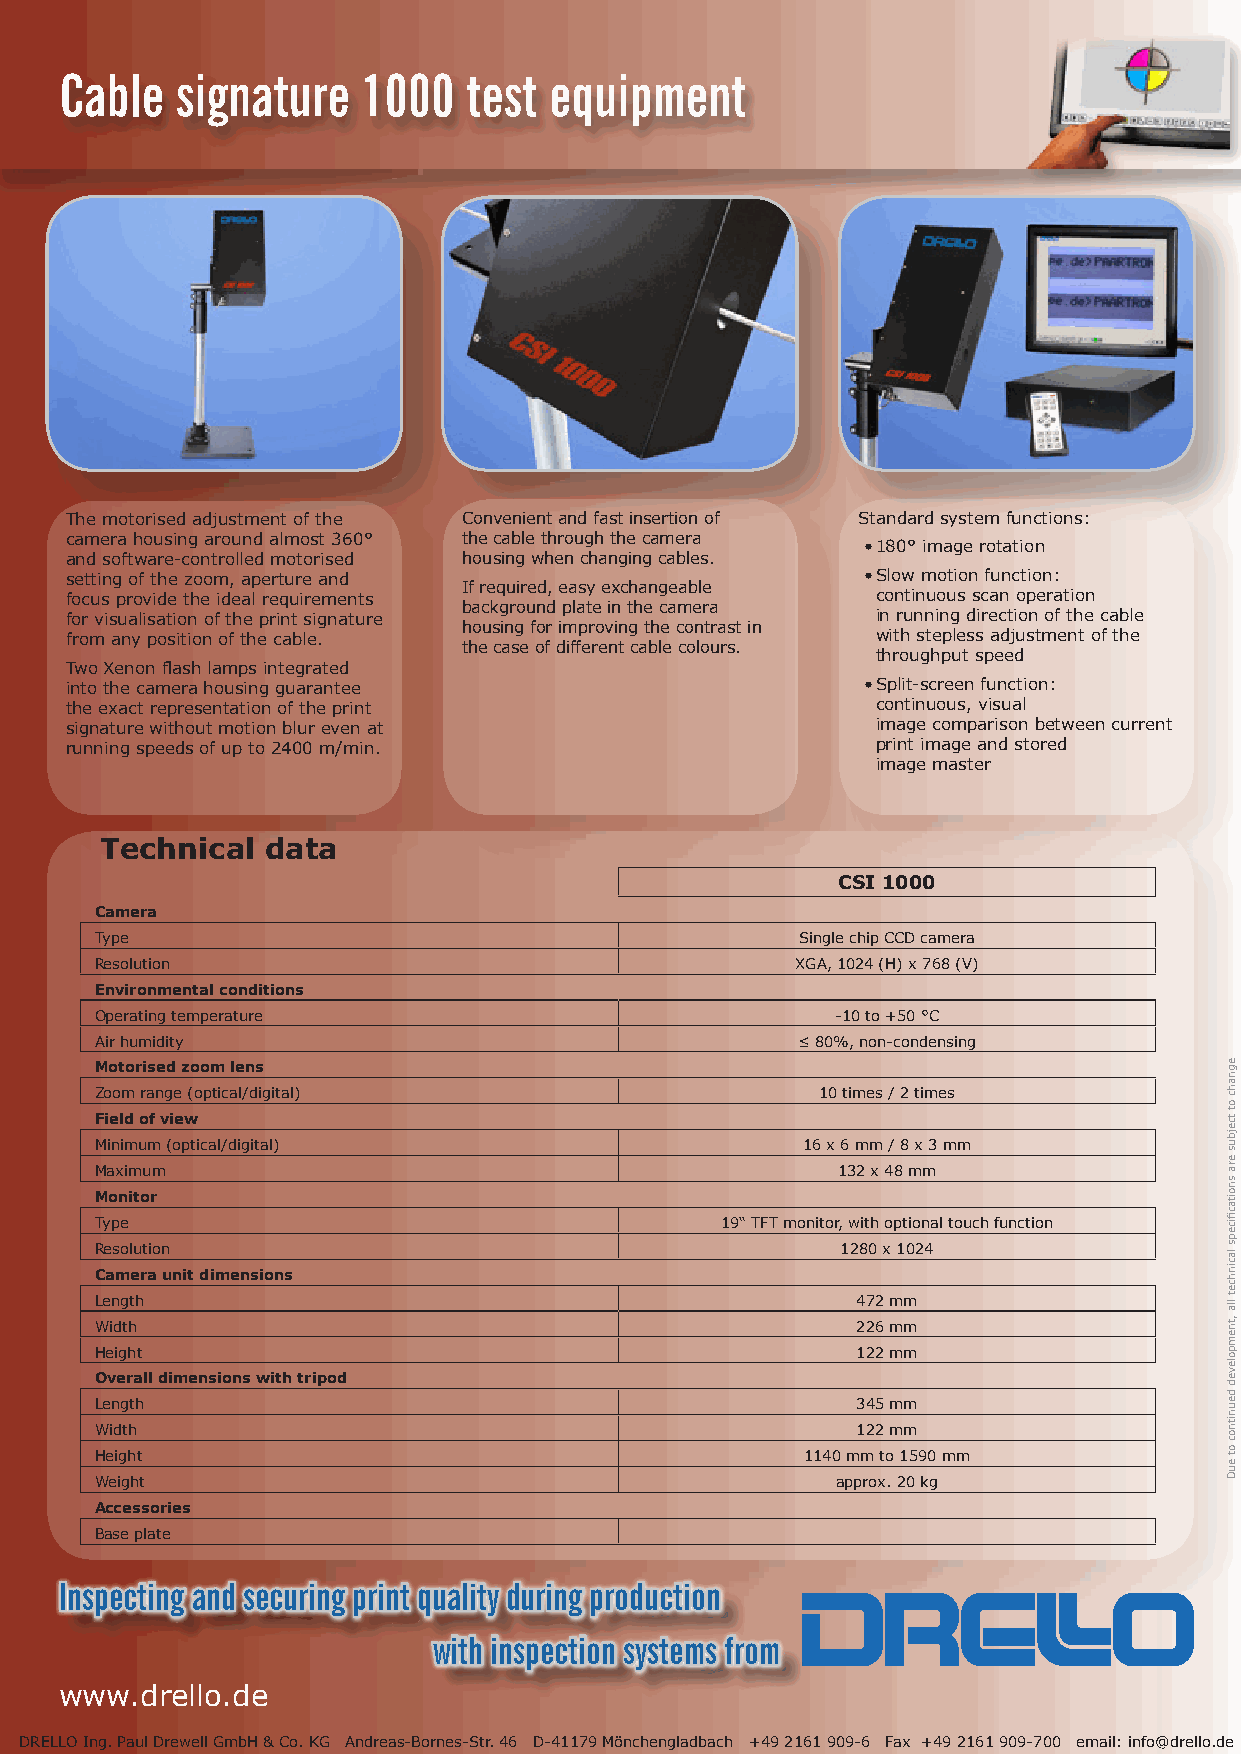
Cable   signature   1000   test equipment
 The motorised adjustment of the Convenient and fast insertion of Standard system functions:
 camera housing around almost 360° the cable through the camera
 • 180° image rotation
 and software-controlled motorised housing when changing cables.
 setting of the zoom, aperture and                    • Slow motion function:
 If required, easy exchangeable
 focus provide the ideal requirements                  continuous scan operation
 background plate in the camera
 for visualisation of the print signature              in running direction of the cable
 housing for improving the contrast in
 from any position of the cable.                       with stepless adjustment of the
 the case of different cable colours.
 throughput speed
 Two Xenon flash lamps integrated
 into the camera housing guarantee                    • Split-screen function:
 the exact representation of the print                 continuous, visual
 signature without motion blur even at                 image comparison between current
 running speeds of up to 2400 m/min.                   print image and stored
 image master
 Technical  data
 CSI 1000
 Camera
 Type                                           Single chip CCD camera
 Resolution                                     XGA, 1024 (H) x 768 (V)
 Environmental conditions
 Operating temperature                            -10 to +50 °C
 Air humidity                                   ≤ 80%, non-condensing
 Motorised zoom lens
 Zoom range (optical/digital)                    10 times / 2 times
 Field of view
 Minimum (optical/digital)                      16 x 6 mm / 8 x 3 mm
 Maximum                                          132 x 48 mm
 Monitor
 Type                                      19“ TFT monitor, with optional touch function
 Resolution                                        1280 x 1024
 Camera unit dimensions
 Length                                             472 mm
 Width                                              226 mm
 Height                                             122 mm
 Overall dimensions with tripod
 Length                                             345 mm
 Width                                              122 mm
 Height                                         1140 mm to 1590 mm
 Weight                                           approx. 20 kg
 Accessories
 Base plate
 Inspecting and securing print quality during production
 with inspection systems from
 www.drello.de
 DRELLO Ing. Paul Drewell GmbH & Co. KG Andreas-Bornes-Str. 46 D-41179 Mönchengladbach +49 2161 909-6 Fax +49 2161 909-700 email: info@drello.de
 egnahc
 ot
 tcejbus
 era
 snoitacfiiceps
 lacinhcet
 lla
 ,tnempoleved
 deunitnoc
 ot
 euD